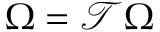
\Omega = \mathcal T \Omega